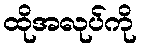
ထိုအလုပ်ကို